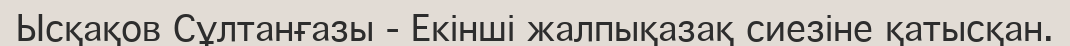
Ысқақов Сұлтанғазы - Екінші жалпықазақ сиезіне қатысқан.